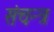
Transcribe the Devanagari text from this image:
संचन्त्र